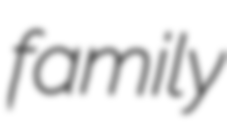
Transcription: family